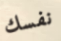
نفسك